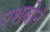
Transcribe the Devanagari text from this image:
एशबोर्न